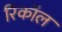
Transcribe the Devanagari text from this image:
रिकाॅल